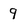
Character: 9